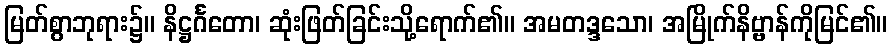
မြတ်စွာဘုရား၌။ နိဋ္ဌင်္ဂတော၊ ဆုံးဖြတ်ခြင်းသို့ရောက်၏။ အမတဒ္ဒသော၊ အမြိုက်နိဗ္ဗာန်ကိုမြင်၏။